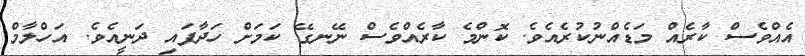
އެއްވެސް ކާރެއް މަޑެއްނުކުރެއެވެ. ކޮންމެ ކާރެއްވެސް ނޭނގޭ ކަމަށް ހަދާފައި ދަނީއެވެ. އަހްލާމް